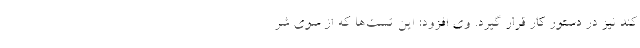
کند نیز در دستور کار قرار گیرد. وی افزود: این تست‌ها که از سوی شر